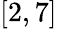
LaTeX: [2,7]